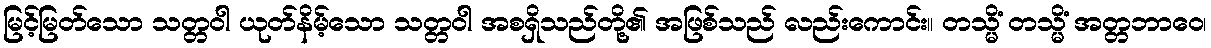
မြင့်မြတ်သော သတ္တဝါ ယုတ်နိမ့်သော သတ္တဝါ အစရှိသည်တို့၏ အဖြစ်သည် လည်းကောင်း။ တသ္မိံ တသ္မိံ အတ္တဘာဝေ၊